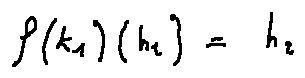
f ( k _ { 1 } ) ( h _ { 2 } ) = h _ { 2 }